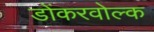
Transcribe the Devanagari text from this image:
डोंकरवोल्क